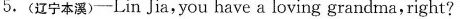
5.(辽宁本溪)--Lin Jia, you have a loving grandma,right?